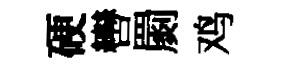
硬轡罽鸡